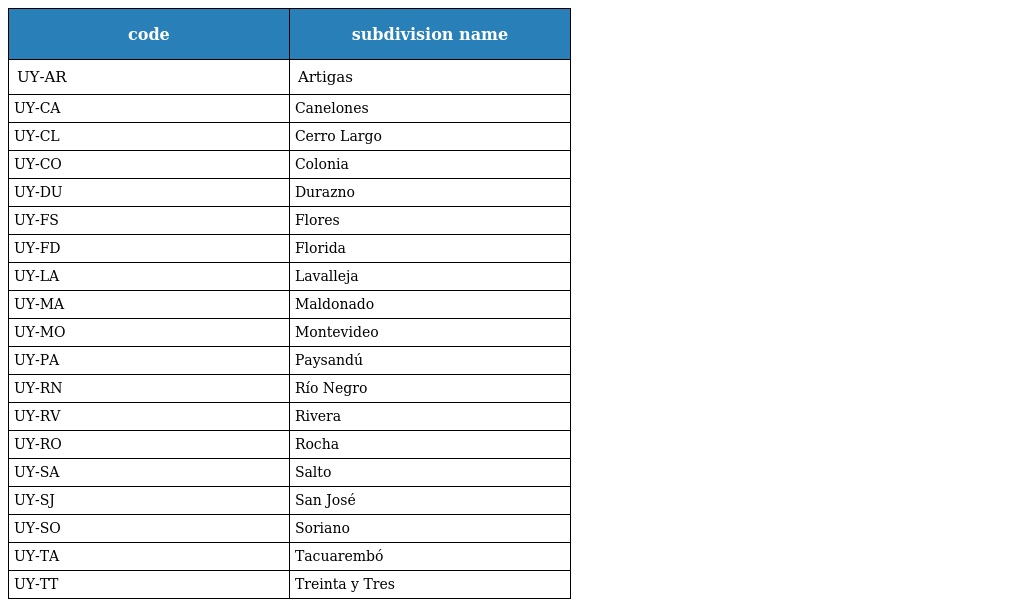
| code | subdivision name |
 | --- | --- |
 | UY-AR | Artigas |
 | UY-CA | Canelones |
 | UY-CL | Cerro Largo |
 | UY-CO | Colonia |
 | UY-DU | Durazno |
 | UY-FS | Flores |
 | UY-FD | Florida |
 | UY-LA | Lavalleja |
 | UY-MA | Maldonado |
 | UY-MO | Montevideo |
 | UY-PA | Paysandú |
 | UY-RN | Río Negro |
 | UY-RV | Rivera |
 | UY-RO | Rocha |
 | UY-SA | Salto |
 | UY-SJ | San José |
 | UY-SO | Soriano |
 | UY-TA | Tacuarembó |
 | UY-TT | Treinta y Tres |